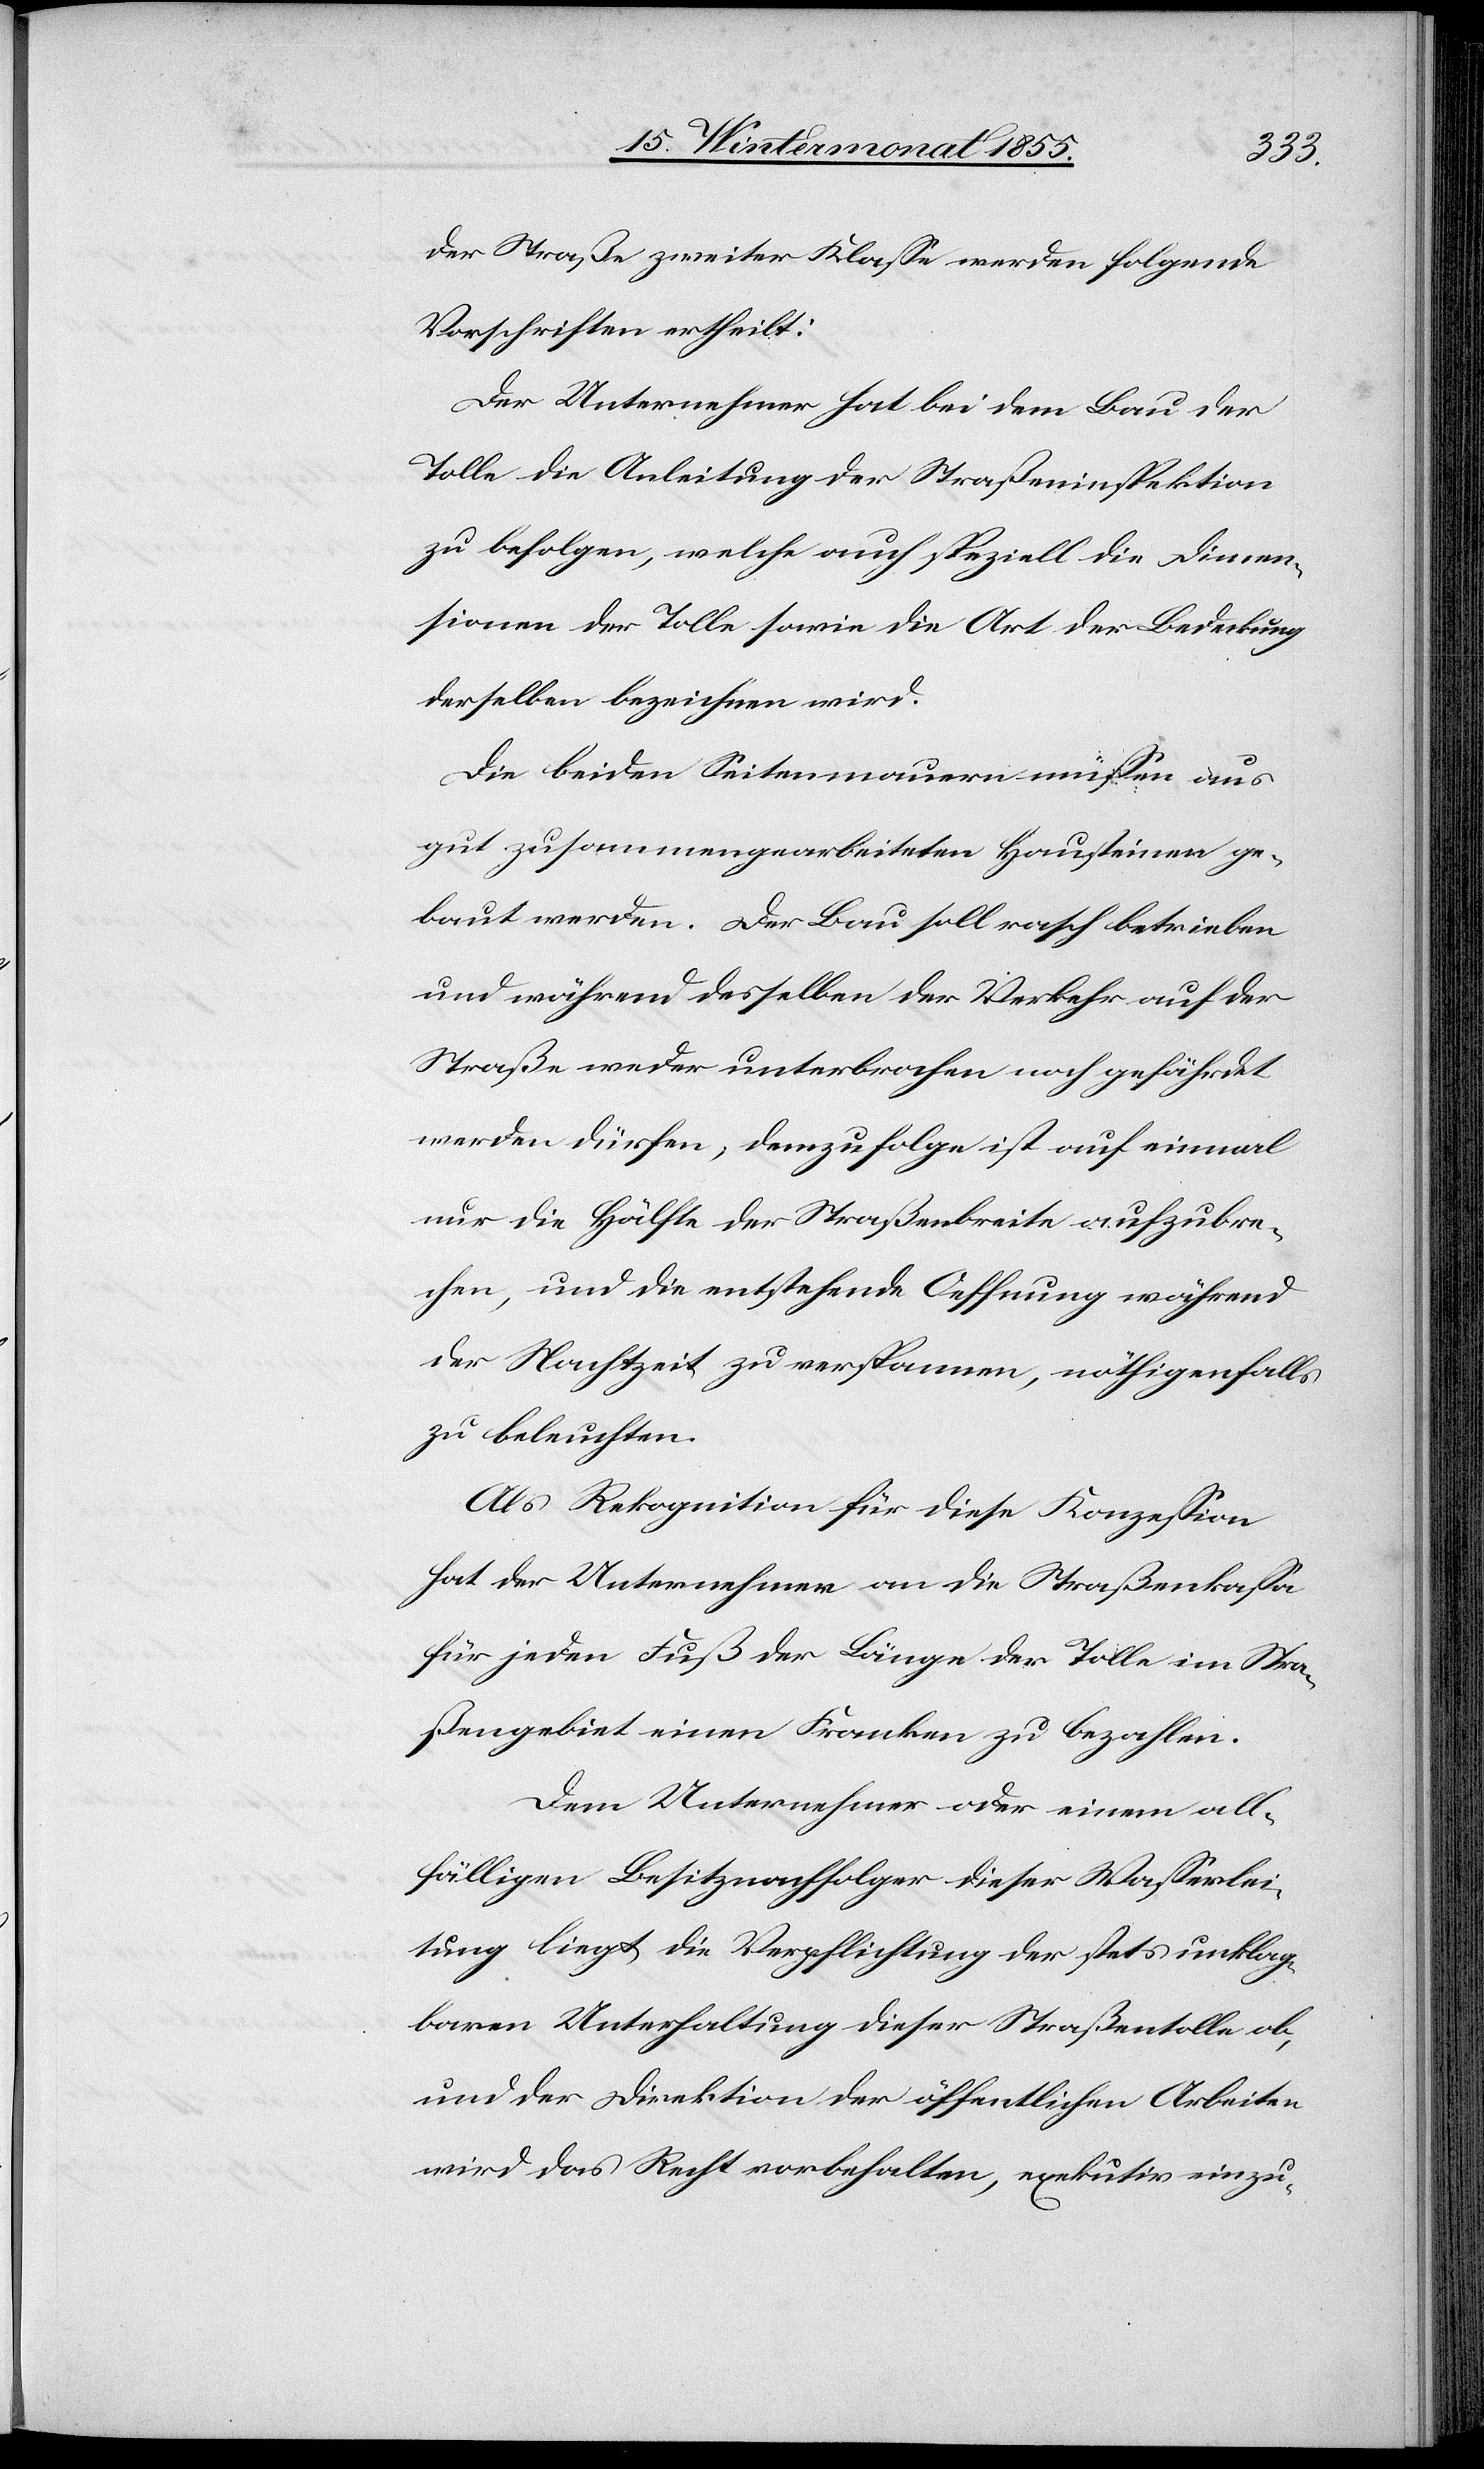
der Straße zweiter Klasse werden folgende
Vorschriften ertheilt:
Der Unternehmer hat bei dem Bau der
Tolle die Anleitung der Straßeninspektion
zu befolgen, welche auch speziell die Dimen¬
sionen der Tolle sowie die Art der Bedeckung
derselben bezeichnen wird.
Die beiden Seitenmauern müssen aus
gut zusammengearbeiteten Hausteinen ge¬
baut werden. Der Bau soll rasch betrieben
und während desselben der Verkehr auf der
Straße weder unterbrochen noch gefährdet
werden dürfen; demzufolge ist auf einmal
nur die Hälfte der Straßenbreite aufzubre¬
chen, und die entstehende Oeffnung während
der Nachtzeit zu verspannen, nöthigenfalls
zu beleuchten.
Als Rekognition für diese Konzession
hat der Unternehmer an die Straßenkassa
für jeden Fuß der Länge der Tolle im Stra¬
ßengebiet einen Franken zu bezahlen.
Dem Unternehmer oder einem all¬
fälligen Besitznachfolger dieser Wasserlei¬
tung liegt die Verpflichtung der stets unklag¬
baren Unterhaltung dieser Straßentolle ob,
und der Direktion der öffentlichen Arbeiten
wird das Recht vorbehalten, exekutiv einzu-